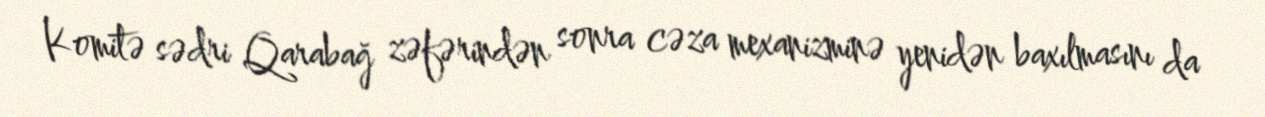
Komitə sədri Qarabağ zəfərindən sonra cəza mexanizminə yenidən baxılmasını da